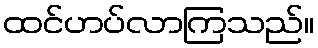
ထင်ဟပ်လာကြသည်။